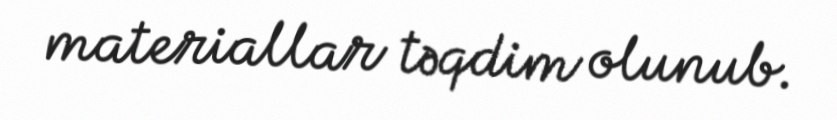
materiallar təqdim olunub.